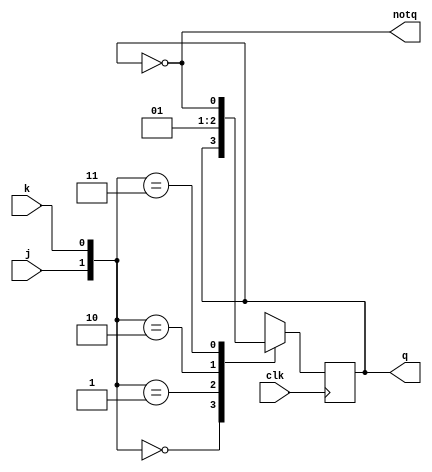
`timescale 1ns / 1ps
//////////////////////////////////////////////////////////////////////////////////
//
// HUST Digital Logic Experiment 3: JK tigger
//
// Pan Yue
//  
//////////////////////////////////////////////////////////////////////////////////

module jk_trigger(clk, j, k, q, notq);
  input clk;
  input j, k;
  output reg q;
  output notq;

  assign notq = ~q;
    
initial begin
  q = 0;
end

always @(negedge clk)
begin
  case({j, k})
    2'b00 : q <= q;
    2'b01 : q <= 0;
    2'b10 : q <= 1;
    2'b11 : q <= ~q;
  endcase
end
endmodule